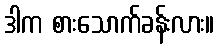
ဒါက စားသောက်ခန်းလား။